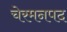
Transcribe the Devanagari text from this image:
चेरमनपद